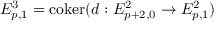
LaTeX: E _ { p , 1 } ^ { 3 } = \operatorname { c o k e r } ( d : E _ { p + 2 , 0 } ^ { 2 } \to E _ { p , 1 } ^ { 2 } )